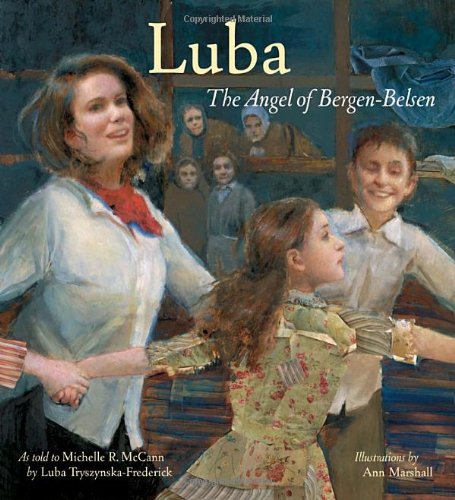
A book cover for Luba: The Angel of Bergen-Belsen (Jane Addams Honor Book (Awards)); Luba Tryszynska-Frederick; Children's Books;